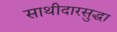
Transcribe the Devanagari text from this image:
साथीदारसुद्धा